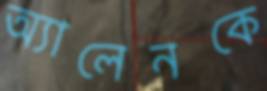
অ্যালেনকে